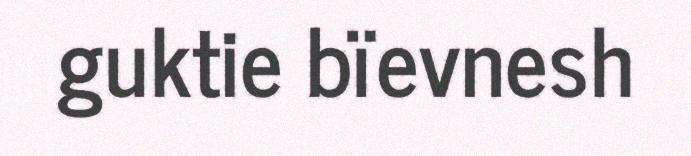
guktie bïevnesh